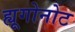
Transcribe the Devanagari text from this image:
ह्यूगोनोट